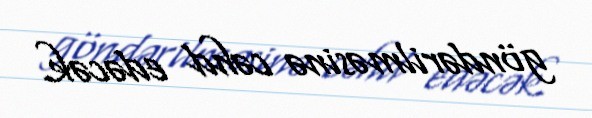
göndərilməsinə cəhd edəcək.